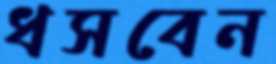
ধসবেন